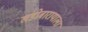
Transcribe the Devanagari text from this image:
खंडोबारायाला